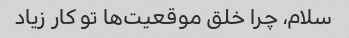
سلام، چرا خلق موقعیت‌ها تو کار زیاد